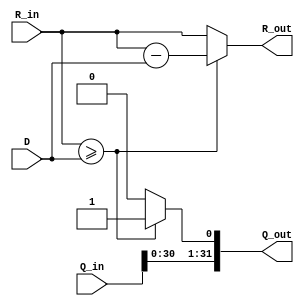
`timescale 1ns / 1ps
//////////////////////////////////////////////////////////////////////////////////
// Company: 
// Engineer: 
// 
// Design Name: 
// Module Name: quotient_calculator
// Project Name: 
// Target Devices: 
// Tool Versions: 
// Description: 
// 
// Dependencies: 
// 
// Revision:
// Revision 0.01 - File Created
// Additional Comments:
// 
//////////////////////////////////////////////////////////////////////////////////


module quotient_calculator(
    //clk,
    R_in,
    R_out,
    D,
    Q_in,
    Q_out
    );
    
    
    input wire [31:0] R_in, D, Q_in;
    output wire [31:0] R_out, Q_out;
    
    
   //always @(posedge clk)
     assign Q_out = R_in >= D ? {Q_in[30:0],1'b1}
                    :{Q_in[30:0],1'b0};
   
     assign R_out = R_in >= D ? {R_in-D}
                    :{R_in};
endmodule